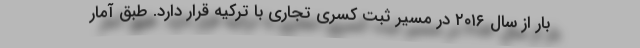
بار از سال ۲۰۱۶ در مسیر ثبت کسری تجاری با ترکیه قرار دارد. طبق آمار